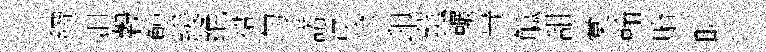
綱汨穀鯨緩绝裙勻諾浮途印菰輾贵觚甜棠翰貽畊